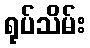
ရုပ်သိမ်း